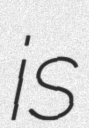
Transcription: is